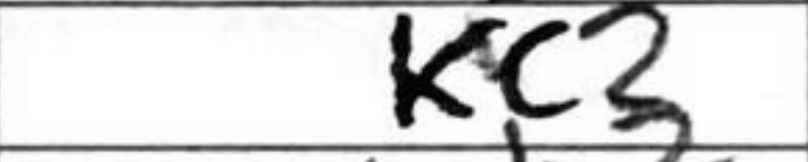
Transcription: Kc3